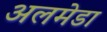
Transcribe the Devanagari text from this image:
अलमेडा